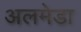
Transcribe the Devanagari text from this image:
अलमेडा